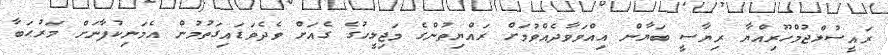
ރައީސުލްޖުމްހޫރިއްޔާ ރިޔާސީ ބަޔާން އިއްވަވާދެއްވުމަށް ރައްޔިތުންގެ މަޖިލީހުގެ ގެއަށް ވެދެވަޑައިގަތުމުން އެމަނިކުފާނަށް މަރުޙަބާ